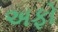
અફો